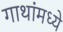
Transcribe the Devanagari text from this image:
गाथांमध्ये